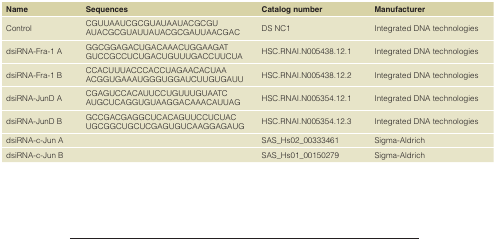
| Name | Sequences | Catalog number | Manufacturer |
 | --- | --- | --- | --- |
 | Control | CGUUAAUCGCGUAUAAUACGCGUAUACGCGUAUUAUACGCGAUUAACGAC | DS NC1 | Integrated DNA technologies |
 | dsiRNA-Fra-1 A | GGCGGAGACUGACAAACUGGAAGATGUCCGCCUCUGACUGUUUGACCUUCUA | HSC.RNAI.N005438.12.1 | Integrated DNA technologies |
 | dsiRNA-Fra-1 B | CCACUUUACCCACCUAGAACACUAAACGGUGAAAUGGGUGGAUCUUGUGAUU | HSC.RNAI.N005438.12.2 | Integrated DNA technologies |
 | dsiRNA-JunD A | CGAGUCCACAUUCCUGUUUGUAATCAUGCUCAGGUGUAAGGACAAACAUUAG | HSC.RNAI.N005354.12.1 | Integrated DNA technologies |
 | dsiRNA-JunD B | GCCGACGAGGCUCACAGUUCCUCUACUGCGGCUGCUCGAGUGUCAAGGAGAUG | HSC.RNAI.N005354.12.3 | Integrated DNA technologies |
 | dsiRNA-c-Jun A |  | SAS_Hs02_00333461 | Sigma-Aldrich |
 | dsiRNA-c-Jun B |  | SAS_Hs01_00150279 | Sigma-Aldrich |